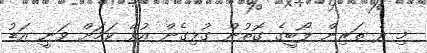
މި ދެ ތަރިން ލޯބީގެ ގޮތުން ގުޅިގެން އުޅޭ ކަމަށް ވަނީ އަޑު